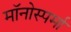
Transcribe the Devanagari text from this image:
मॉनोस्पर्मा